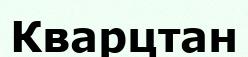
Кварцтан